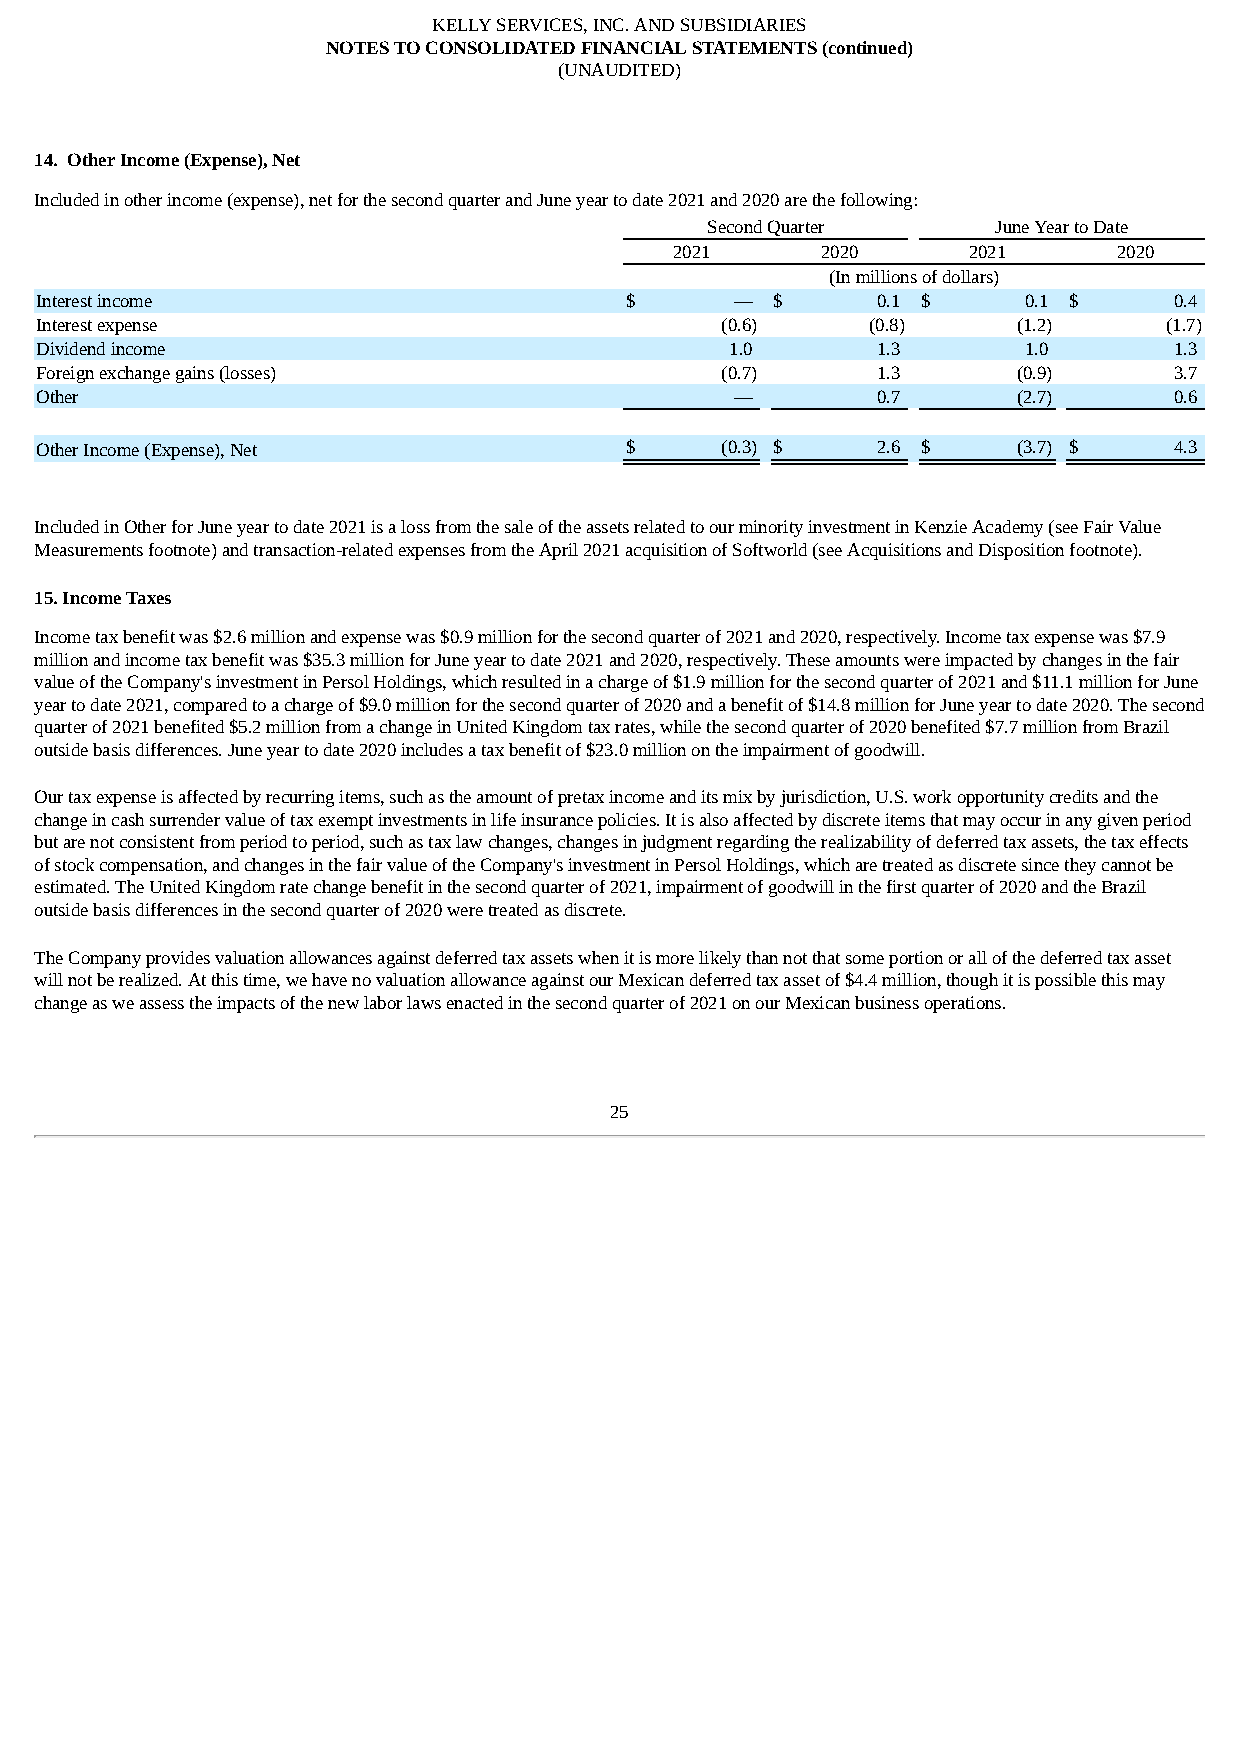
KELLY SERVICES, INC. AND SUBSIDIARIES
 NOTES TO CONSOLIDATED FINANCIAL STATEMENTS (continued)
 (UNAUDITED)
 14. Other Income (Expense), Net
 Included in other income (expense), net for the second quarter and June year to date 2021 and 2020 are the following:
 Second Quarter     June Year to Date
 2021     2020      2021      2020
 (In millions of dollars)
 Interest income                        $       — $      0.1 $     0.1 $     0.4
 Interest expense                              (0.6)     (0.8)    (1.2)     (1.7)
 Dividend income                               1.0       1.3       1.0       1.3
 Foreign exchange gains (losses)               (0.7)     1.3      (0.9)      3.7
 Other                                          —        0.7      (2.7)      0.6
 Other Income (Expense), Net            $      (0.3) $   2.6 $    (3.7) $    4.3
 Included in Other for June year to date 2021 is a loss from the sale of the assets related to our minority investment in Kenzie Academy (see Fair Value
 Measurements footnote) and transaction-related expenses from the April 2021 acquisition of Softworld (see Acquisitions and Disposition footnote).
 15. Income Taxes
 Income tax benefit was $2.6 million and expense was $0.9 million for the second quarter of 2021 and 2020, respectively. Income tax expense was $7.9
 million and income tax benefit was $35.3 million for June year to date 2021 and 2020, respectively. These amounts were impacted by changes in the fair
 value of the Company's investment in Persol Holdings, which resulted in a charge of $1.9 million for the second quarter of 2021 and $11.1 million for June
 year to date 2021, compared to a charge of $9.0 million for the second quarter of 2020 and a benefit of $14.8 million for June year to date 2020. The second
 quarter of 2021 benefited $5.2 million from a change in United Kingdom tax rates, while the second quarter of 2020 benefited $7.7 million from Brazil
 outside basis differences. June year to date 2020 includes a tax benefit of $23.0 million on the impairment of goodwill.
 Our tax expense is affected by recurring items, such as the amount of pretax income and its mix by jurisdiction, U.S. work opportunity credits and the
 change in cash surrender value of tax exempt investments in life insurance policies. It is also affected by discrete items that may occur in any given period
 but are not consistent from period to period, such as tax law changes, changes in judgment regarding the realizability of deferred tax assets, the tax effects
 of stock compensation, and changes in the fair value of the Company's investment in Persol Holdings, which are treated as discrete since they cannot be
 estimated. The United Kingdom rate change benefit in the second quarter of 2021, impairment of goodwill in the first quarter of 2020 and the Brazil
 outside basis differences in the second quarter of 2020 were treated as discrete.
 The Company provides valuation allowances against deferred tax assets when it is more likely than not that some portion or all of the deferred tax asset
 will not be realized. At this time, we have no valuation allowance against our Mexican deferred tax asset of $4.4 million, though it is possible this may
 change as we assess the impacts of the new labor laws enacted in the second quarter of 2021 on our Mexican business operations.
 25